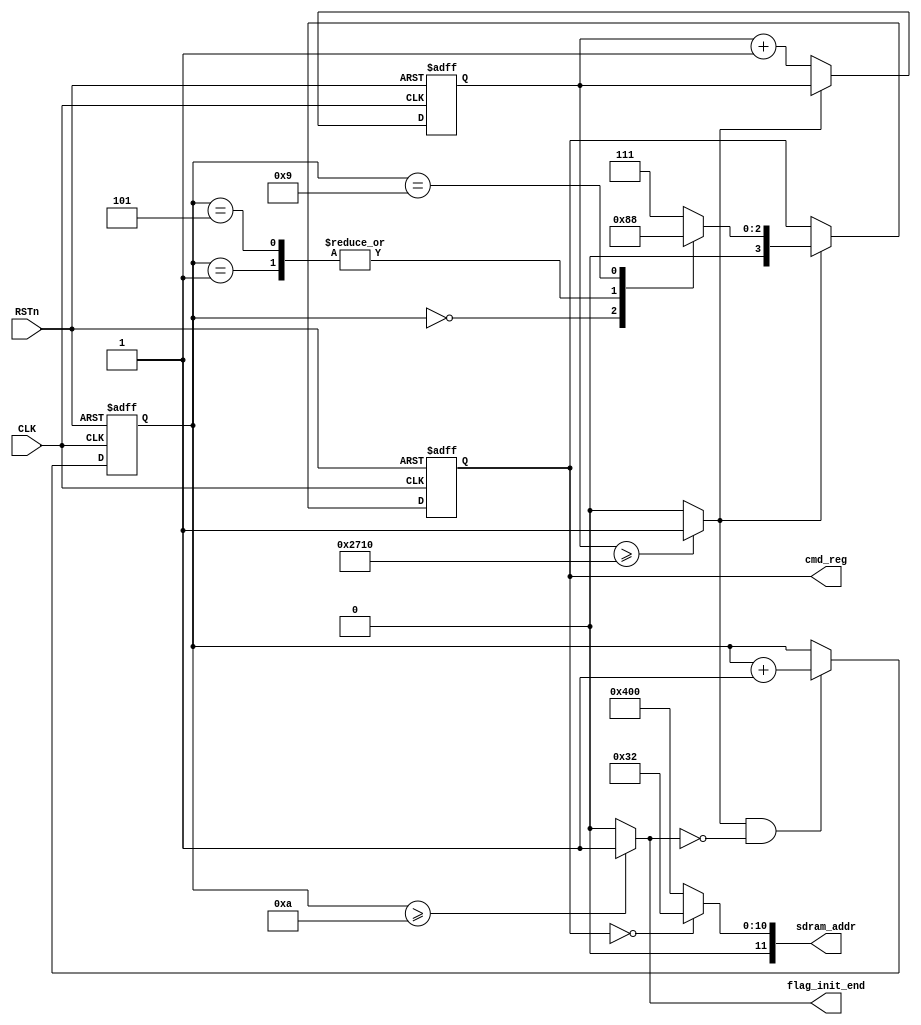
//========================command========================//
// CMD                CS		RAS		CAS		WE
// 
// PERCHARGE			0		0		1		0
// A_REFRESH			0		0		0		1
// NOP					0		1		1		1
// LOAD_REGISTER		0		0		0		0
// 
//=========================time==========================//
// tRP		20ns (50Hz:1clk = 20ns)
// tRC		63ns (4clk)
// 200us = 200000ns/20ns = 10000

//===================sdram address==========================//
// LOAD_REGISTER:
// 	A11	A10	A9	A8	A7	A6	A5	A4	A3	A2	A1 A0
// 	0	0	0	0	0	0	1	1	0	0	1	0
// other:
// 	A11	A10	A9	A8	A7	A6	A5	A4	A3	A2	A1 A0
// 	0	1	0	0	0	0	0	0	0	0	0	0
//==========================================================






module sdram_init(
	input 				CLK				,
	input 				RSTn			,
	output reg  [ 3:0] 	cmd_reg			,
	output wire [11:0] 	sdram_addr		,
	output wire			flag_init_end
);

localparam DELAY_200US 		= 10000		;


//SDRAM COMMAND
localparam NOP 				= 4'b0111 	;
localparam PERCHARGE 		= 4'b0010 	;			
localparam A_REFRESH 		= 4'b0001 	;			
localparam LOAD_REGISTER 	= 4'b0000 	;


reg [13:0] 	cnt_200us;
reg [ 3:0] 	cnt_cmd;
wire 		flag_200us;


//cnt_200
always @(posedge CLK or negedge RSTn) begin
	if (!RSTn) begin
		// reset
		cnt_200us <= 0;
	end
	else if (!flag_200us) begin
		cnt_200us <= cnt_200us + 1;
	end
	
end


//cnt_cmd
always @(posedge CLK or negedge RSTn) begin
	if (!RSTn) begin
		// reset
		cnt_cmd <= 0;
	end
	else if (flag_200us == 1 && flag_init_end == 0) begin
		cnt_cmd <= cnt_cmd + 1;
	end
end

//cmd_reg 
always @(posedge CLK or negedge RSTn) begin
	if (!RSTn) begin
		// reset
		cmd_reg <= NOP;
	end
	else if (flag_200us) begin
		case(cnt_cmd)
			0:		cmd_reg <= PERCHARGE;
			1:		cmd_reg <= A_REFRESH;
			5:		cmd_reg <= A_REFRESH;
			9:		cmd_reg <= LOAD_REGISTER;
			default:cmd_reg <= NOP;
		endcase
	end
end

//sdram_addr
//always @(posedge CLK or negedge RSTn) begin
//	if (!RSTn) begin
//		// reset
//		sdram_addr <= 0;
//	end
//	else if (flag_200us) begin
//		case(cnt_cmd)
//			0:sdram_addr <= 12'b01
//			1:
//			5:
//			9:
//		endcase
//	end
//end


assign sdram_addr 		= (cmd_reg == LOAD_REGISTER) 	? 12'b0000_0011_0010 	: 12'b0100_0000_0000;
assign flag_200us 		= (cnt_200us >= DELAY_200US) 	? 1 					: 0;
assign flag_init_end 	= (cnt_cmd >= 4'd10) 			? 1'b1 					: 1'b0;

endmodule